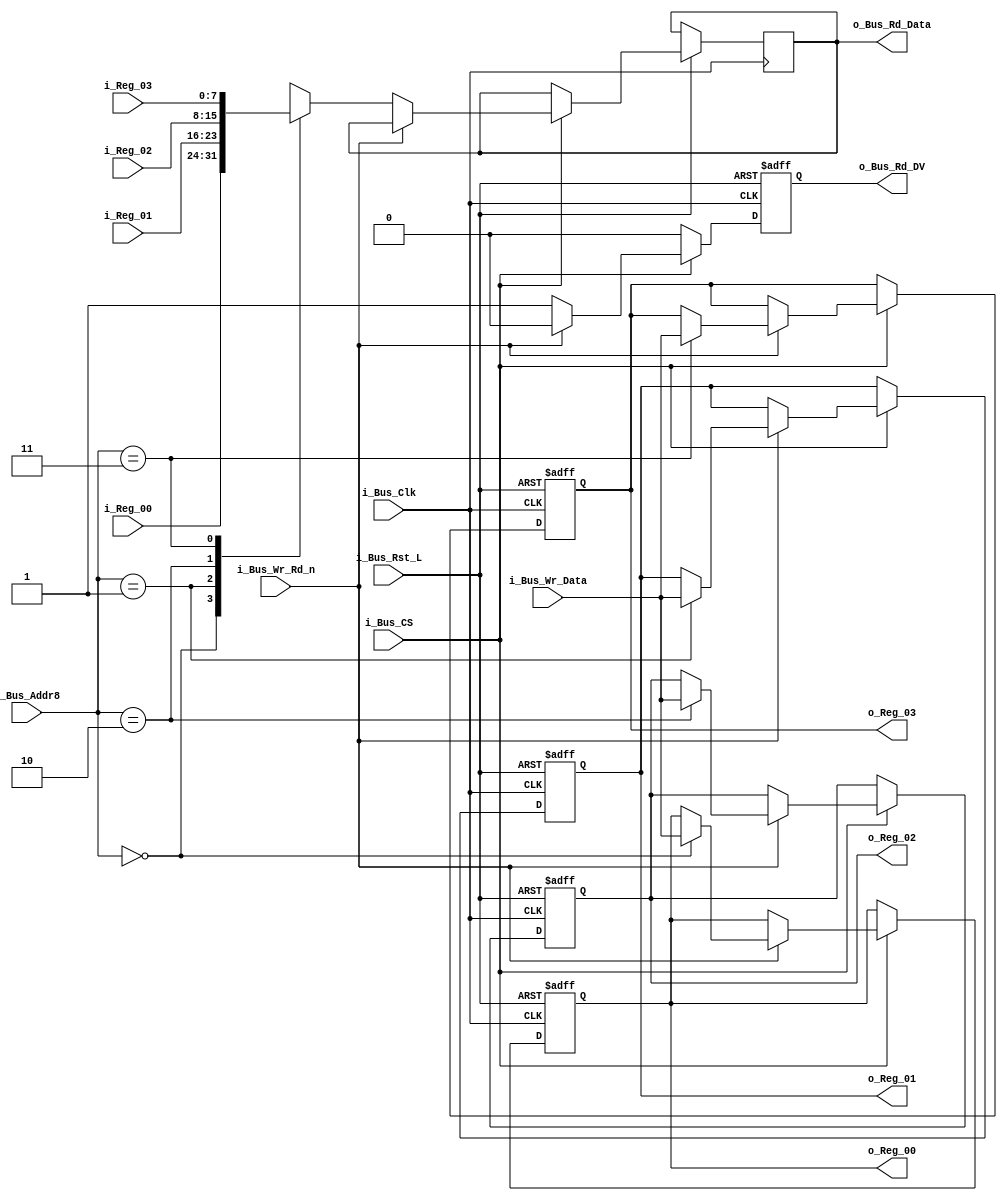
module Bus8_Reg_X4 #(parameter INIT_00 = 0,
                     parameter INIT_01 = 0,
                     parameter INIT_02 = 0,
                     parameter INIT_03 = 0) 
 (input            i_Bus_Rst_L,
  input            i_Bus_Clk,
  input            i_Bus_CS,
  input            i_Bus_Wr_Rd_n,
  input [1:0]      i_Bus_Addr8,
  input [7:0]      i_Bus_Wr_Data,
  output reg [7:0] o_Bus_Rd_Data,
  output reg       o_Bus_Rd_DV,
  input [7:0]      i_Reg_00,
  input [7:0]      i_Reg_01,
  input [7:0]      i_Reg_02,
  input [7:0]      i_Reg_03,
  output reg [7:0] o_Reg_00,
  output reg [7:0] o_Reg_01,
  output reg [7:0] o_Reg_02,
  output reg [7:0] o_Reg_03);

  always @(posedge i_Bus_Clk or negedge i_Bus_Rst_L)
  begin
    if (~i_Bus_Rst_L)
    begin
      o_Bus_Rd_DV <= 1'b0;
      o_Reg_00    <= INIT_00;
      o_Reg_01    <= INIT_01;
      o_Reg_02    <= INIT_02;
      o_Reg_03    <= INIT_03;
    end
    else
    begin
      o_Bus_Rd_DV <= 1'b0;

      if (i_Bus_CS == 1'b1)
      begin
        if (i_Bus_Wr_Rd_n == 1'b1) // Write Command
        begin
          case (i_Bus_Addr8[1:0])
          2'b00 : o_Reg_00 <= i_Bus_Wr_Data;
          2'b01 : o_Reg_01 <= i_Bus_Wr_Data;
          2'b10 : o_Reg_02 <= i_Bus_Wr_Data;
          2'b11 : o_Reg_03 <= i_Bus_Wr_Data;
          endcase
        end
        else // Read Command
        begin
          o_Bus_Rd_DV   <= 1'b1;
          
          case (i_Bus_Addr8[1:0])
          2'b00 : o_Bus_Rd_Data <= i_Reg_00;
          2'b01 : o_Bus_Rd_Data <= i_Reg_01;
          2'b10 : o_Bus_Rd_Data <= i_Reg_02;
          2'b11 : o_Bus_Rd_Data <= i_Reg_03;
          endcase 
        end // else: !if(i_Bus_Wr_Rd_n == 1'b1)
      end // if (i_Bus_CS == 1'b1)
    end // else: !if(!i_Bus_Rst_L)
  end // always @ (posedge i_Bus_Clk or negedge i_Bus_Rst_L)

endmodule